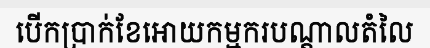
បើកប្រាក់ខែអោយកម្មករបណ្តាលតំលៃ